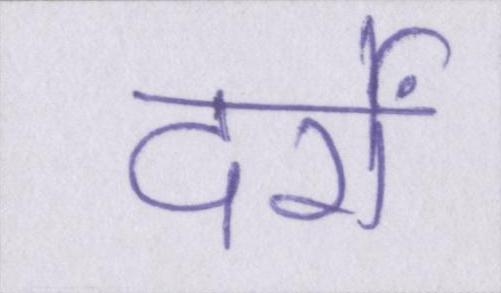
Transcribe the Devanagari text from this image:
दर्रों